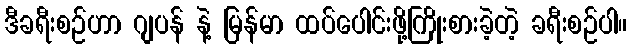
ဒီခရီးစဉ်ဟာ ဂျပန် နဲ့ မြန်မာ ထပ်ပေါင်းဖို့ကြိုးစားခဲ့တဲ့ ခရီးစဉ်ပါ။